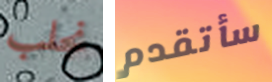
نجلب سأتقدم